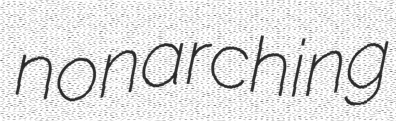
nonarching